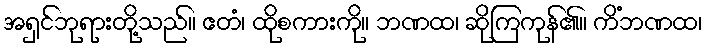
အရှင်ဘုရားတို့သည်။ ဧတံ၊ ထိုစကားကို။ ဘဏထ၊ ဆိုကြကုန်၏။ ကိံဘဏထ၊